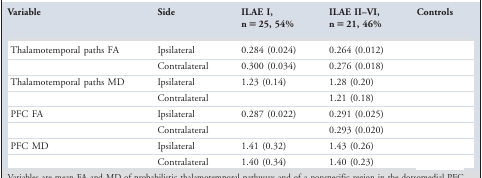
<table><thead><tr><td><b>Variable</b></td><td><b>Side</b></td><td><b>ILAE I, n = 25, 54%</b></td><td><b>ILAE II–VI, n = 21, 46%</b></td><td><b>Controls</b></td></tr></thead><tbody><tr><td>Thalamotemporal paths FA</td><td>Ipsilateral</td><td>0.284 (0.024)</td><td>0.264 (0.012)</td><td>[EMPTY_CELL]</td></tr><tr><td>[EMPTY_CELL]</td><td>Contralateral</td><td>0.300 (0.034)</td><td>0.276 (0.018)</td><td>[EMPTY_CELL]</td></tr><tr><td>Thalamotemporal paths MD</td><td>Ipsilateral</td><td>1.23 (0.14)</td><td>1.28 (0.20)</td><td>[EMPTY_CELL]</td></tr><tr><td>[EMPTY_CELL]</td><td>Contralateral</td><td>[EMPTY_CELL]</td><td>1.21 (0.18)</td><td>[EMPTY_CELL]</td></tr><tr><td>PFC FA</td><td>Ipsilateral</td><td>0.287 (0.022)</td><td>0.291 (0.025)</td><td>[EMPTY_CELL]</td></tr><tr><td>[EMPTY_CELL]</td><td>Contralateral</td><td>[EMPTY_CELL]</td><td>0.293 (0.020)</td><td>[EMPTY_CELL]</td></tr><tr><td>PFC MD</td><td>Ipsilateral</td><td>1.41 (0.32)</td><td>1.43 (0.26)</td><td>[EMPTY_CELL]</td></tr><tr><td>[EMPTY_CELL]</td><td>Contralateral</td><td>1.40 (0.34)</td><td>1.40 (0.23)</td><td>[EMPTY_CELL]</td></tr></tbody></table>